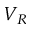
V _ { R }